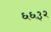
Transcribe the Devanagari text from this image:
६६३२